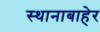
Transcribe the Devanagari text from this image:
स्थानाबाहेर